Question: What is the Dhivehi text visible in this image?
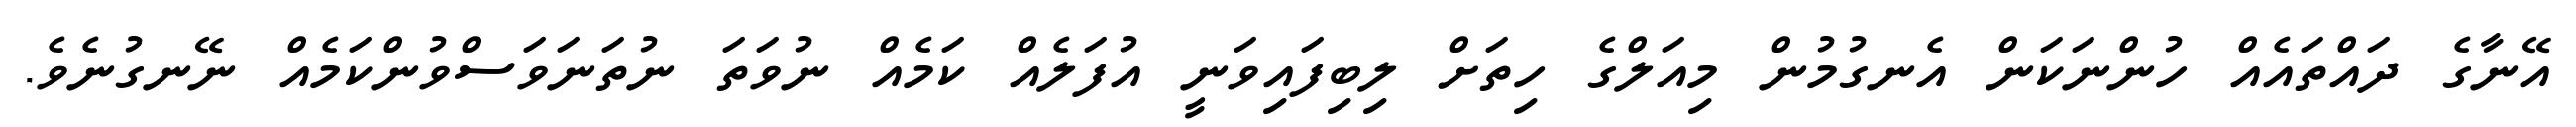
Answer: އޭނާގެ ދައްތައެއް ހުންނަކަން އެނގުމުން މިއަލްގެ ހިތަށް ލިބިފައިވަނީ އުފަލެއް ކަމެއް ނުވަތަ ނުތަނަވަސްވުންކަމެއް ނޭނގުނެވެ.